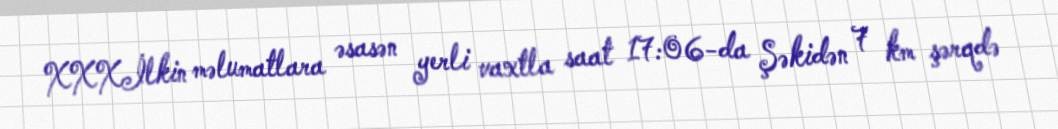
XXXİlkin məlumatlara əsasən yerli vaxtla saat 17:06-da Şəkidən 7 km şərqdə